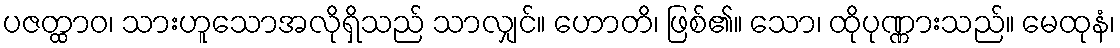
ပဇတ္ထာဝ၊ သားဟူသောအလိုရှိသည် သာလျှင်။ ဟောတိ၊ ဖြစ်၏။ သော၊ ထိုပုဏ္ဏားသည်။ မေထုနံ၊